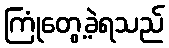
ကြုံတွေ့ခဲ့ရသည်